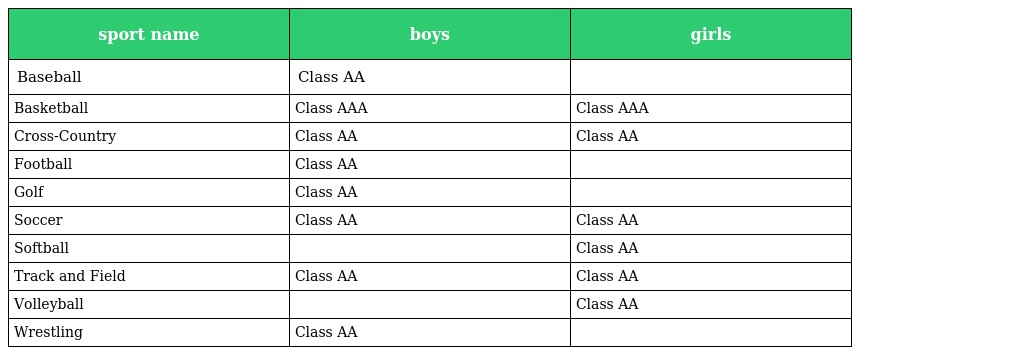
| sport name | boys | girls |
 | --- | --- | --- |
 | Baseball | Class AA |  |
 | Basketball | Class AAA | Class AAA |
 | Cross-Country | Class AA | Class AA |
 | Football | Class AA |  |
 | Golf | Class AA |  |
 | Soccer | Class AA | Class AA |
 | Softball |  | Class AA |
 | Track and Field | Class AA | Class AA |
 | Volleyball |  | Class AA |
 | Wrestling | Class AA |  |